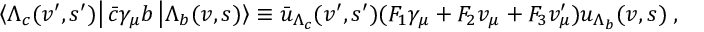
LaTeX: \left\langle \Lambda _ { c } ( v ^ { \prime } , s ^ { \prime } ) \right\vert \bar { c } \gamma _ { \mu } b \left\vert \Lambda _ { b } ( v , s ) \right\rangle \equiv \bar { u } _ { \Lambda _ { c } } ( v ^ { \prime } , s ^ { \prime } ) ( F _ { 1 } \gamma _ { \mu } + F _ { 2 } v _ { \mu } + F _ { 3 } v _ { \mu } ^ { \prime } ) u _ { \Lambda _ { b } } ( v , s ) \; ,